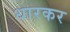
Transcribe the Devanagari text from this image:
धारकर